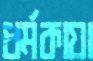
ধর্মকায়া